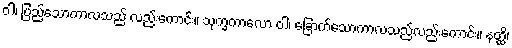
ဝါ၊ ပြည့်သောကာလသည် လည်းကောင်း။ သုက္ခကာလော ဝါ၊ ခြောက်သောကာလသည်လည်းကောင်း။ နတ္ထိ၊